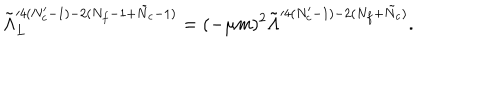
\tilde { \Lambda } _ { L } ^ { \prime 4 ( N _ { c } ^ { \prime } - 1 ) - 2 ( N _ { f } - 1 + \tilde { N } _ { c } - 1 ) } = ( - \mu m ) ^ { 2 } \tilde { \Lambda } ^ { \prime 4 ( N _ { c } ^ { \prime } - 1 ) - 2 ( N _ { f } + \tilde { N } _ { c } ) } .